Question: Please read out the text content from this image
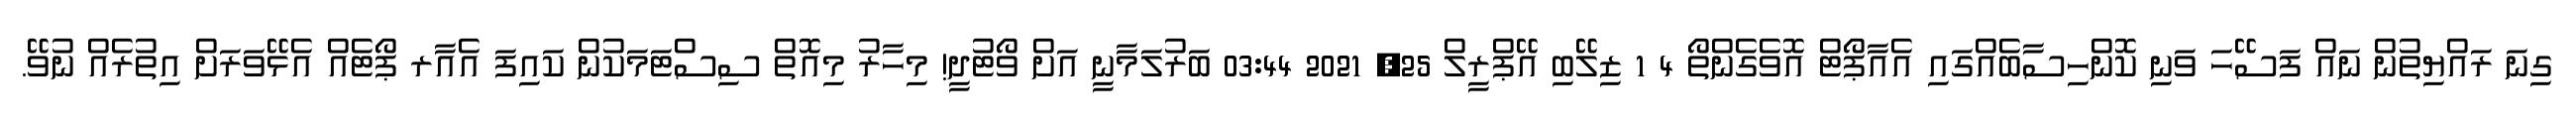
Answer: ގިނަ ރައްޔިތުން ނައް ފަސޭހަ ވަނި ކޮންހިސާބެއްގައި އެއާޕޯޓް އޮވެގެންތޯ 4 1 ޒިލޭބި އޭޕްރީލް 25, 2021 03:44 ބަރުލަމާނީ އަށް ވޯޓުދީ! މިހާރު މިއޮތް ސިސްޓަމަކުން ކައިފަ އެއާރ ޕޯޓެއް އެޅޭވަރަށް އިތުރެއް ނުވޭ.